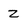
Character: 2